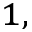
^ { 1 , }